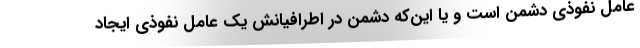
عامل نفوذی دشمن است و یا این‌که دشمن در اطرافیانش یک عامل نفوذی ایجاد